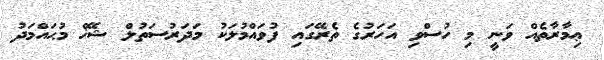
ޢިމާރާތެއް ވަނީ މި ހުސްވި އަހަރުގެ ތެރޭގައި ފުވައްމުލަކު މަދަރުސަތުލް ޝޭޚް މުޙައްމަދު